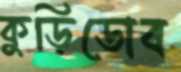
কুড়িডোব